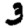
Digit: 3